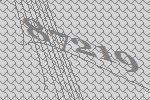
87219